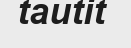
tautit